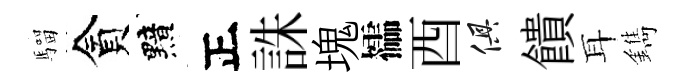
騮貪黯正誅塊櫺酉俱饋耳鐫